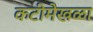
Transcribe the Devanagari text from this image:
कटीमेखळा